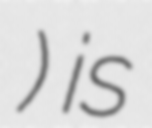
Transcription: حبيبي أنا) is